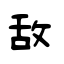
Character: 敌